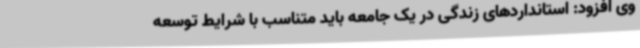
وی افزود: استانداردهای زندگی در یک جامعه باید متناسب با شرایط توسعه